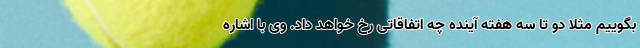
بگوییم مثلا دو تا سه هفته آینده چه اتفاقاتی رخ خواهد داد. وی با اشاره